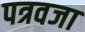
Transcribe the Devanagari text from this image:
पत्रवजा